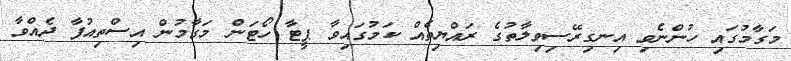
މަގާމުގައި ހުންނެވި އިނގިރޭސިވިލާތުގެ ރައްޔިތެއް ކަމުގައިވާ ޕީޓާ ހޯޓަން މަގާމުން އިސްތިއުފާ ދެއްވާ